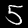
Label: 5